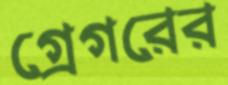
গ্রেগরের